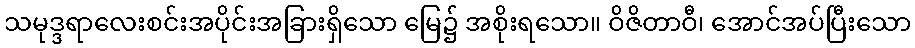
သမုဒ္ဒရာလေးစင်းအပိုင်းအခြားရှိသော မြေ၌ အစိုးရသော။ ဝိဇိတာဝီ၊ အောင်အပ်ပြီးသော